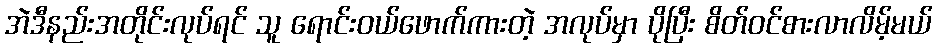
အဲဒီနည်းအတိုင်းလုပ်ရင် သူ ရောင်းဝယ်ဖောက်ကားတဲ့ အလုပ်မှာ ပိုပြီး စိတ်ဝင်စားလာလိမ့်မယ်